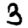
Digit: 3